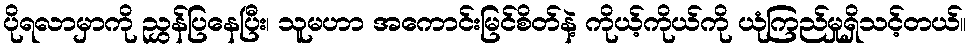
ပိုရလာမှာကို ညွှန်ပြနေပြီး၊ သူမဟာ အကောင်းမြင်စိတ်နဲ့ ကိုယ့်ကိုယ်ကို ယုံကြည်မှုရှိသင့်တယ်။